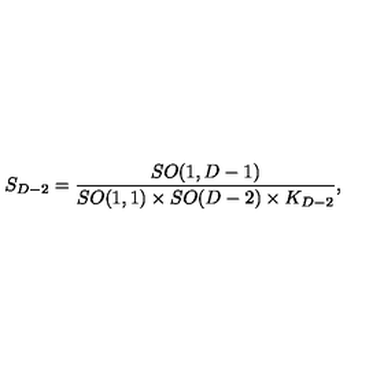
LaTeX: S _ { D - 2 } = { \frac { S O ( 1 , D - 1 ) } { S O ( 1 , 1 ) \times S O ( D - 2 ) \times K _ { D - 2 } } } ,